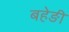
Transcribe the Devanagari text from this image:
बहेङी